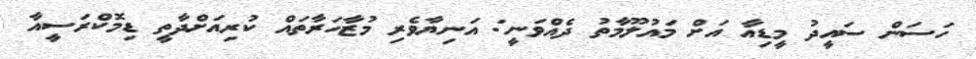
ހަސަން ސައީދު މީޑިއާ އަށް މައުލޫމާތު ދެއްވަނީ: އަނިޔާވެރި މުޒާހަރާތައް ކުރިއަށްދާތީ ޑިމޮކްރަސީއާ